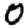
Digit: 0